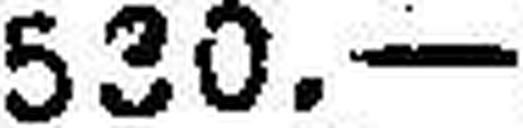
530.—